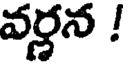
వర్ణన !